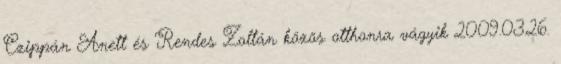
Czippán Anett és Rendes Zoltán közös otthonra vágyik 2009.03.26.